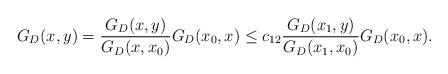
LaTeX: \begin{align*}G_D(x,y)=\frac{G_D(x,y)}{G_D(x, x_0)}G_D(x_0, x) \le c_{12} \frac{G_D(x_1,y)}{G_D(x_1, x_0)}G_D(x_0, x).\end{align*}